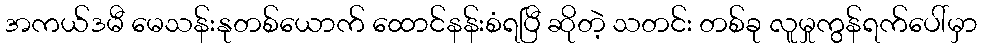
အကယ်ဒမီ မေသန်းနုတစ်ယောက် ထောင်နန်းစံရပြီ ဆိုတဲ့ သတင်း တစ်ခု လူမှုကွန်ရက်ပေါ်မှာ